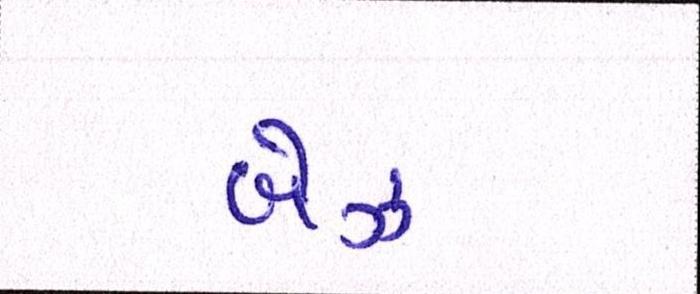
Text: બેઝ